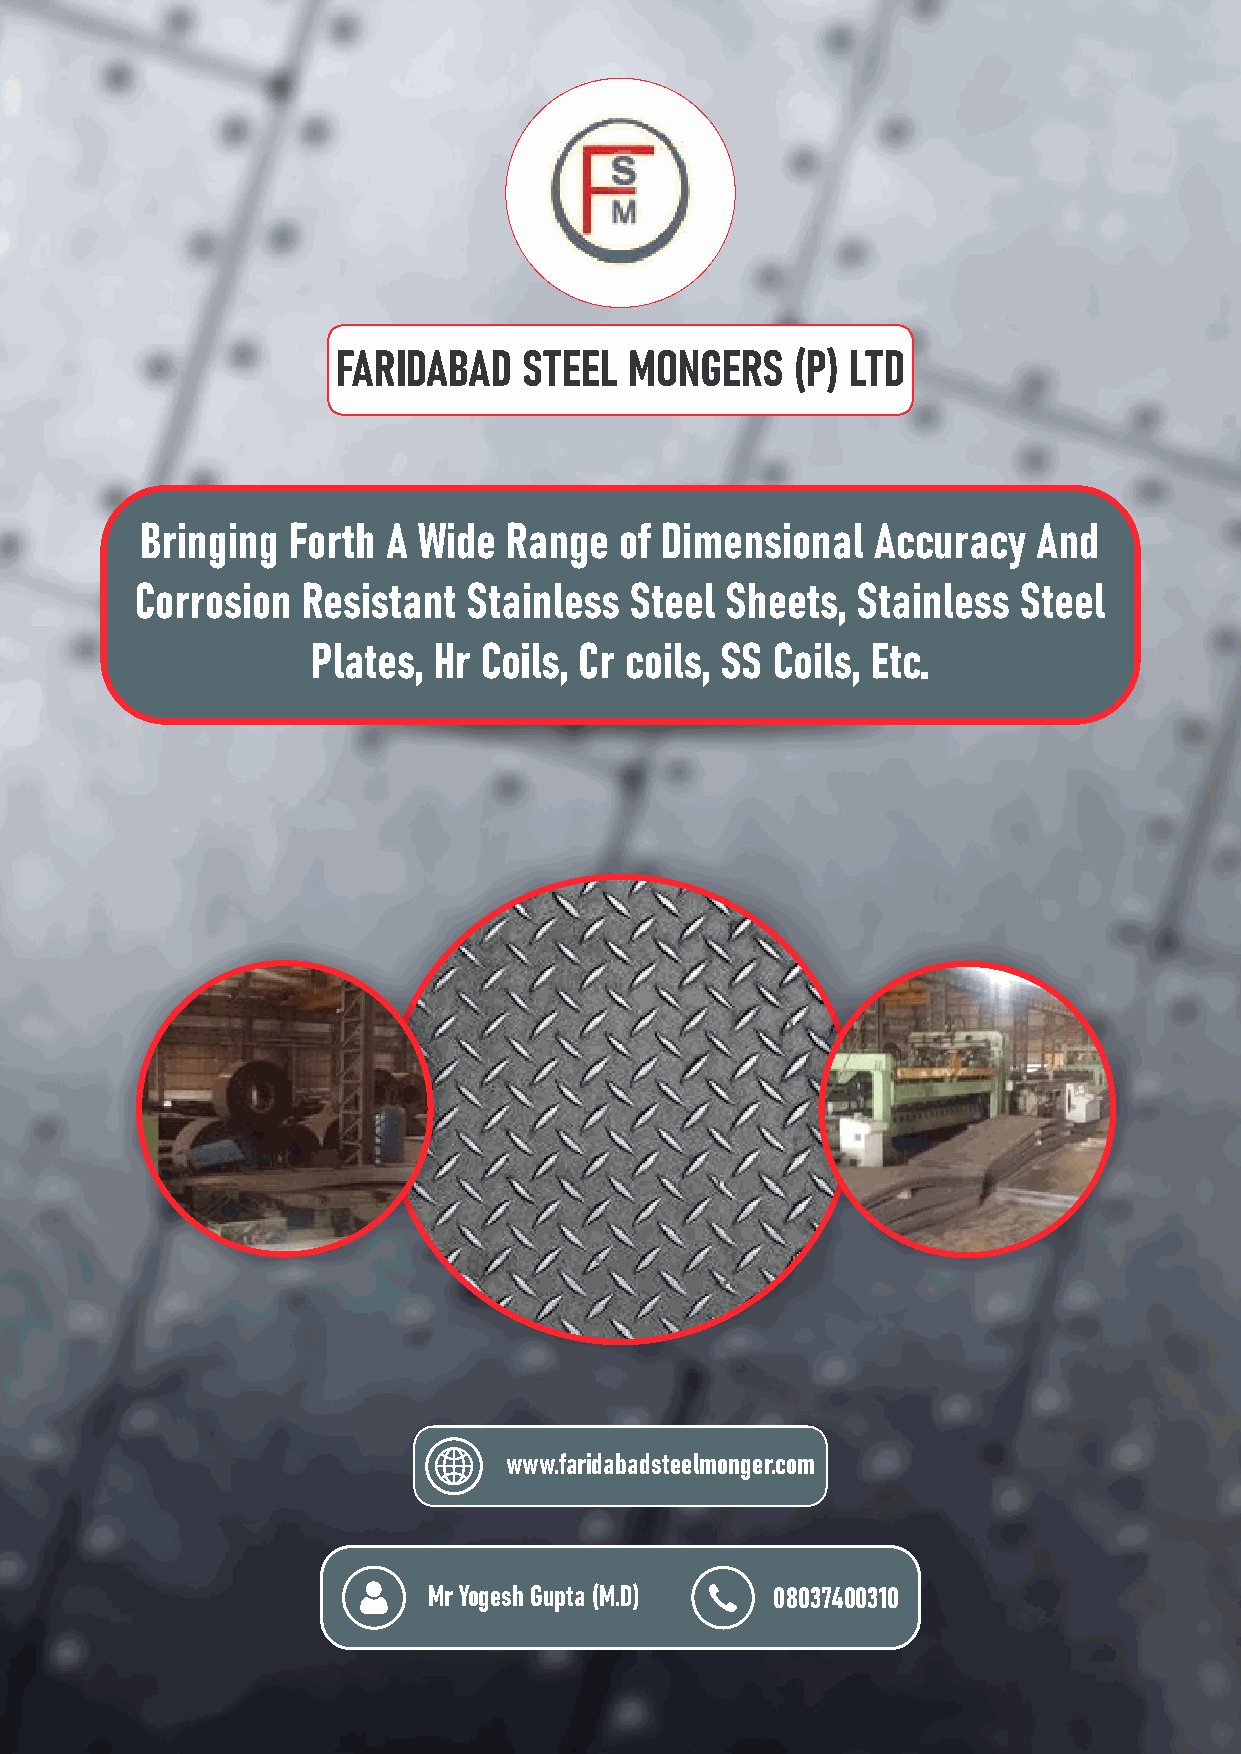
FARIDABAD    STEEL  MONGERS    (P) LTD
 Bringing  Forth  A Wide Range   of Dimensional   Accuracy   And
 Corrosion  Resistant  Stainless  Steel Sheets,  Stainless Steel
 Plates, Hr Coils, Cr coils, SS Coils, Etc.
 www.faridabadsteelmonger.com
 Mr Yogesh Gupta (M.D)  08037400310